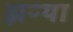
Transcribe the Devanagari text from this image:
झऱ्या